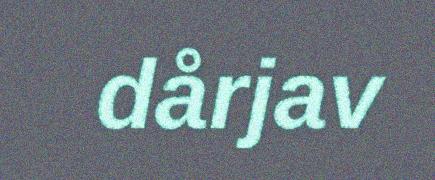
dårjav